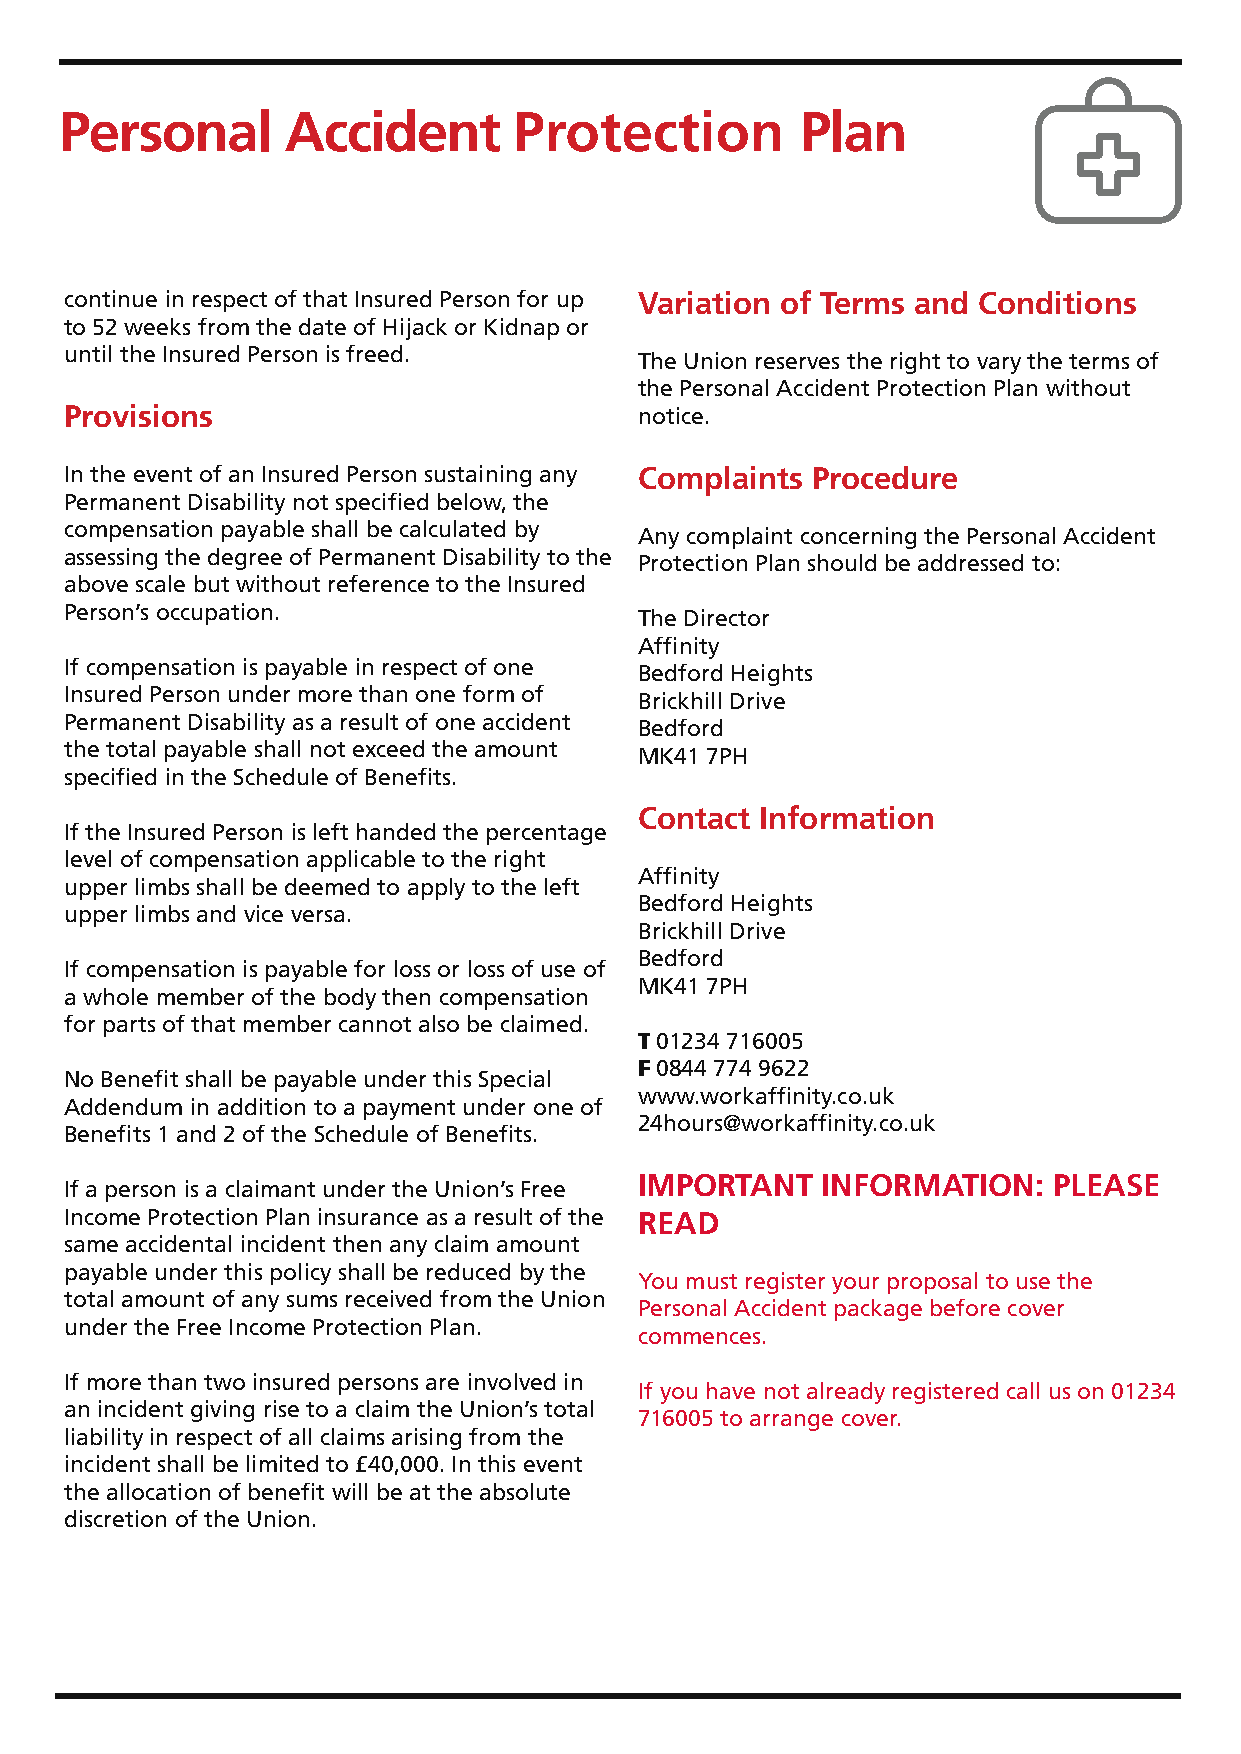
Personal       Accident       Protection         Plan
 continue in respect of that Insured Person for up Variation of Terms and Conditions
 to 52 weeks from the date of Hijack or Kidnap or
 until the Insured Person is freed.
 The Union reserves the right to vary the terms of
 the Personal Accident Protection Plan without
 Provisions                            notice.
 In the event of an Insured Person sustaining any Complaints Procedure
 Permanent Disability not specified below, the
 compensation payable shall be calculated by
 Any complaint concerning the Personal Accident
 assessing the degree of Permanent Disability to the
 Protection Plan should be addressed to:
 above scale but without reference to the Insured
 Person’s occupation.
 The Director
 Affinity
 If compensation is payable in respect of one
 Bedford Heights
 Insured Person under more than one form of
 Brickhill Drive
 Permanent Disability as a result of one accident
 Bedford
 the total payable shall not exceed the amount
 MK41 7PH
 specified in the Schedule of Benefits.
 Contact Information
 If the Insured Person is left handed the percentage
 level of compensation applicable to the right
 Affinity
 upper limbs shall be deemed to apply to the left
 Bedford Heights
 upper limbs and vice versa.
 Brickhill Drive
 Bedford
 If compensation is payable for loss or loss of use of
 MK41 7PH
 a whole member of the body then compensation
 for parts of that member cannot also be claimed.
 T 01234 716005
 F 0844 774 9622
 No Benefit shall be payable under this Special
 www.workaffinity.co.uk
 Addendum in addition to a payment under one of
 24hours@workaffinity.co.uk
 Benefits 1 and 2 of the Schedule of Benefits.
 IMPORTANT   INFORMATION:    PLEASE
 If a person is a claimant under the Union’s Free
 Income Protection Plan insurance as a result of the READ
 same accidental incident then any claim amount
 payable under this policy shall be reduced by the
 You must register your proposal to use the
 total amount of any sums received from the Union
 Personal Accident package before cover
 under the Free Income Protection Plan.
 commences.
 If more than two insured persons are involved in
 If you have not already registered call us on 01234
 an incident giving rise to a claim the Union’s total
 716005 to arrange cover.
 liability in respect of all claims arising from the
 incident shall be limited to £40,000. In this event
 the allocation of benefit will be at the absolute
 discretion of the Union.